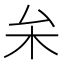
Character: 𠫡